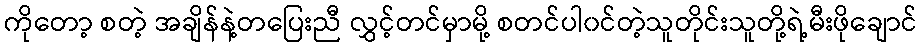
ကိုတော့ စတဲ့ အချိန်နဲ့တပြေးညီ လွှင့်တင်မှာမို့ စတင်ပါ၀င်တဲ့သူတိုင်းသူတို့ရဲ့မီးဖိုချောင်